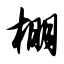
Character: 棚